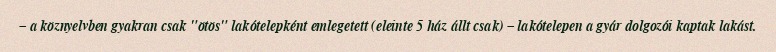
– a köznyelvben gyakran csak "ötös" lakótelepként emlegetett (eleinte 5 ház állt csak) – lakótelepen a gyár dolgozói kaptak lakást.